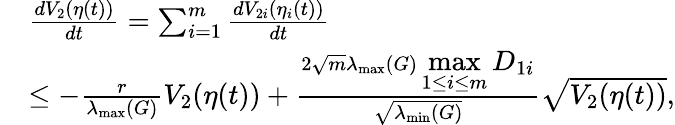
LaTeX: \begin{array}{rl}&{\frac{dV_{2}(\eta(t))}{dt}=\sum_{i=1}^{m}\frac{dV_{2i}(\eta_{i}(t))}{dt}}\\ &{\leq-\frac{r}{\lambda_{\operatorname*{max}}(G)}V_{2}(\eta(t))+\frac{2\sqrt{m}\lambda_{\operatorname*{max}}(G)\displaystyle\operatorname*{max}_{1\leq i\leq m}D_{1i}}{\sqrt{\lambda_{\operatorname*{min}}(G)}}\sqrt{V_{2}(\eta(t))},}\end{array}